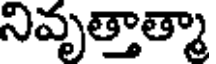
నివృత్తాత్మా